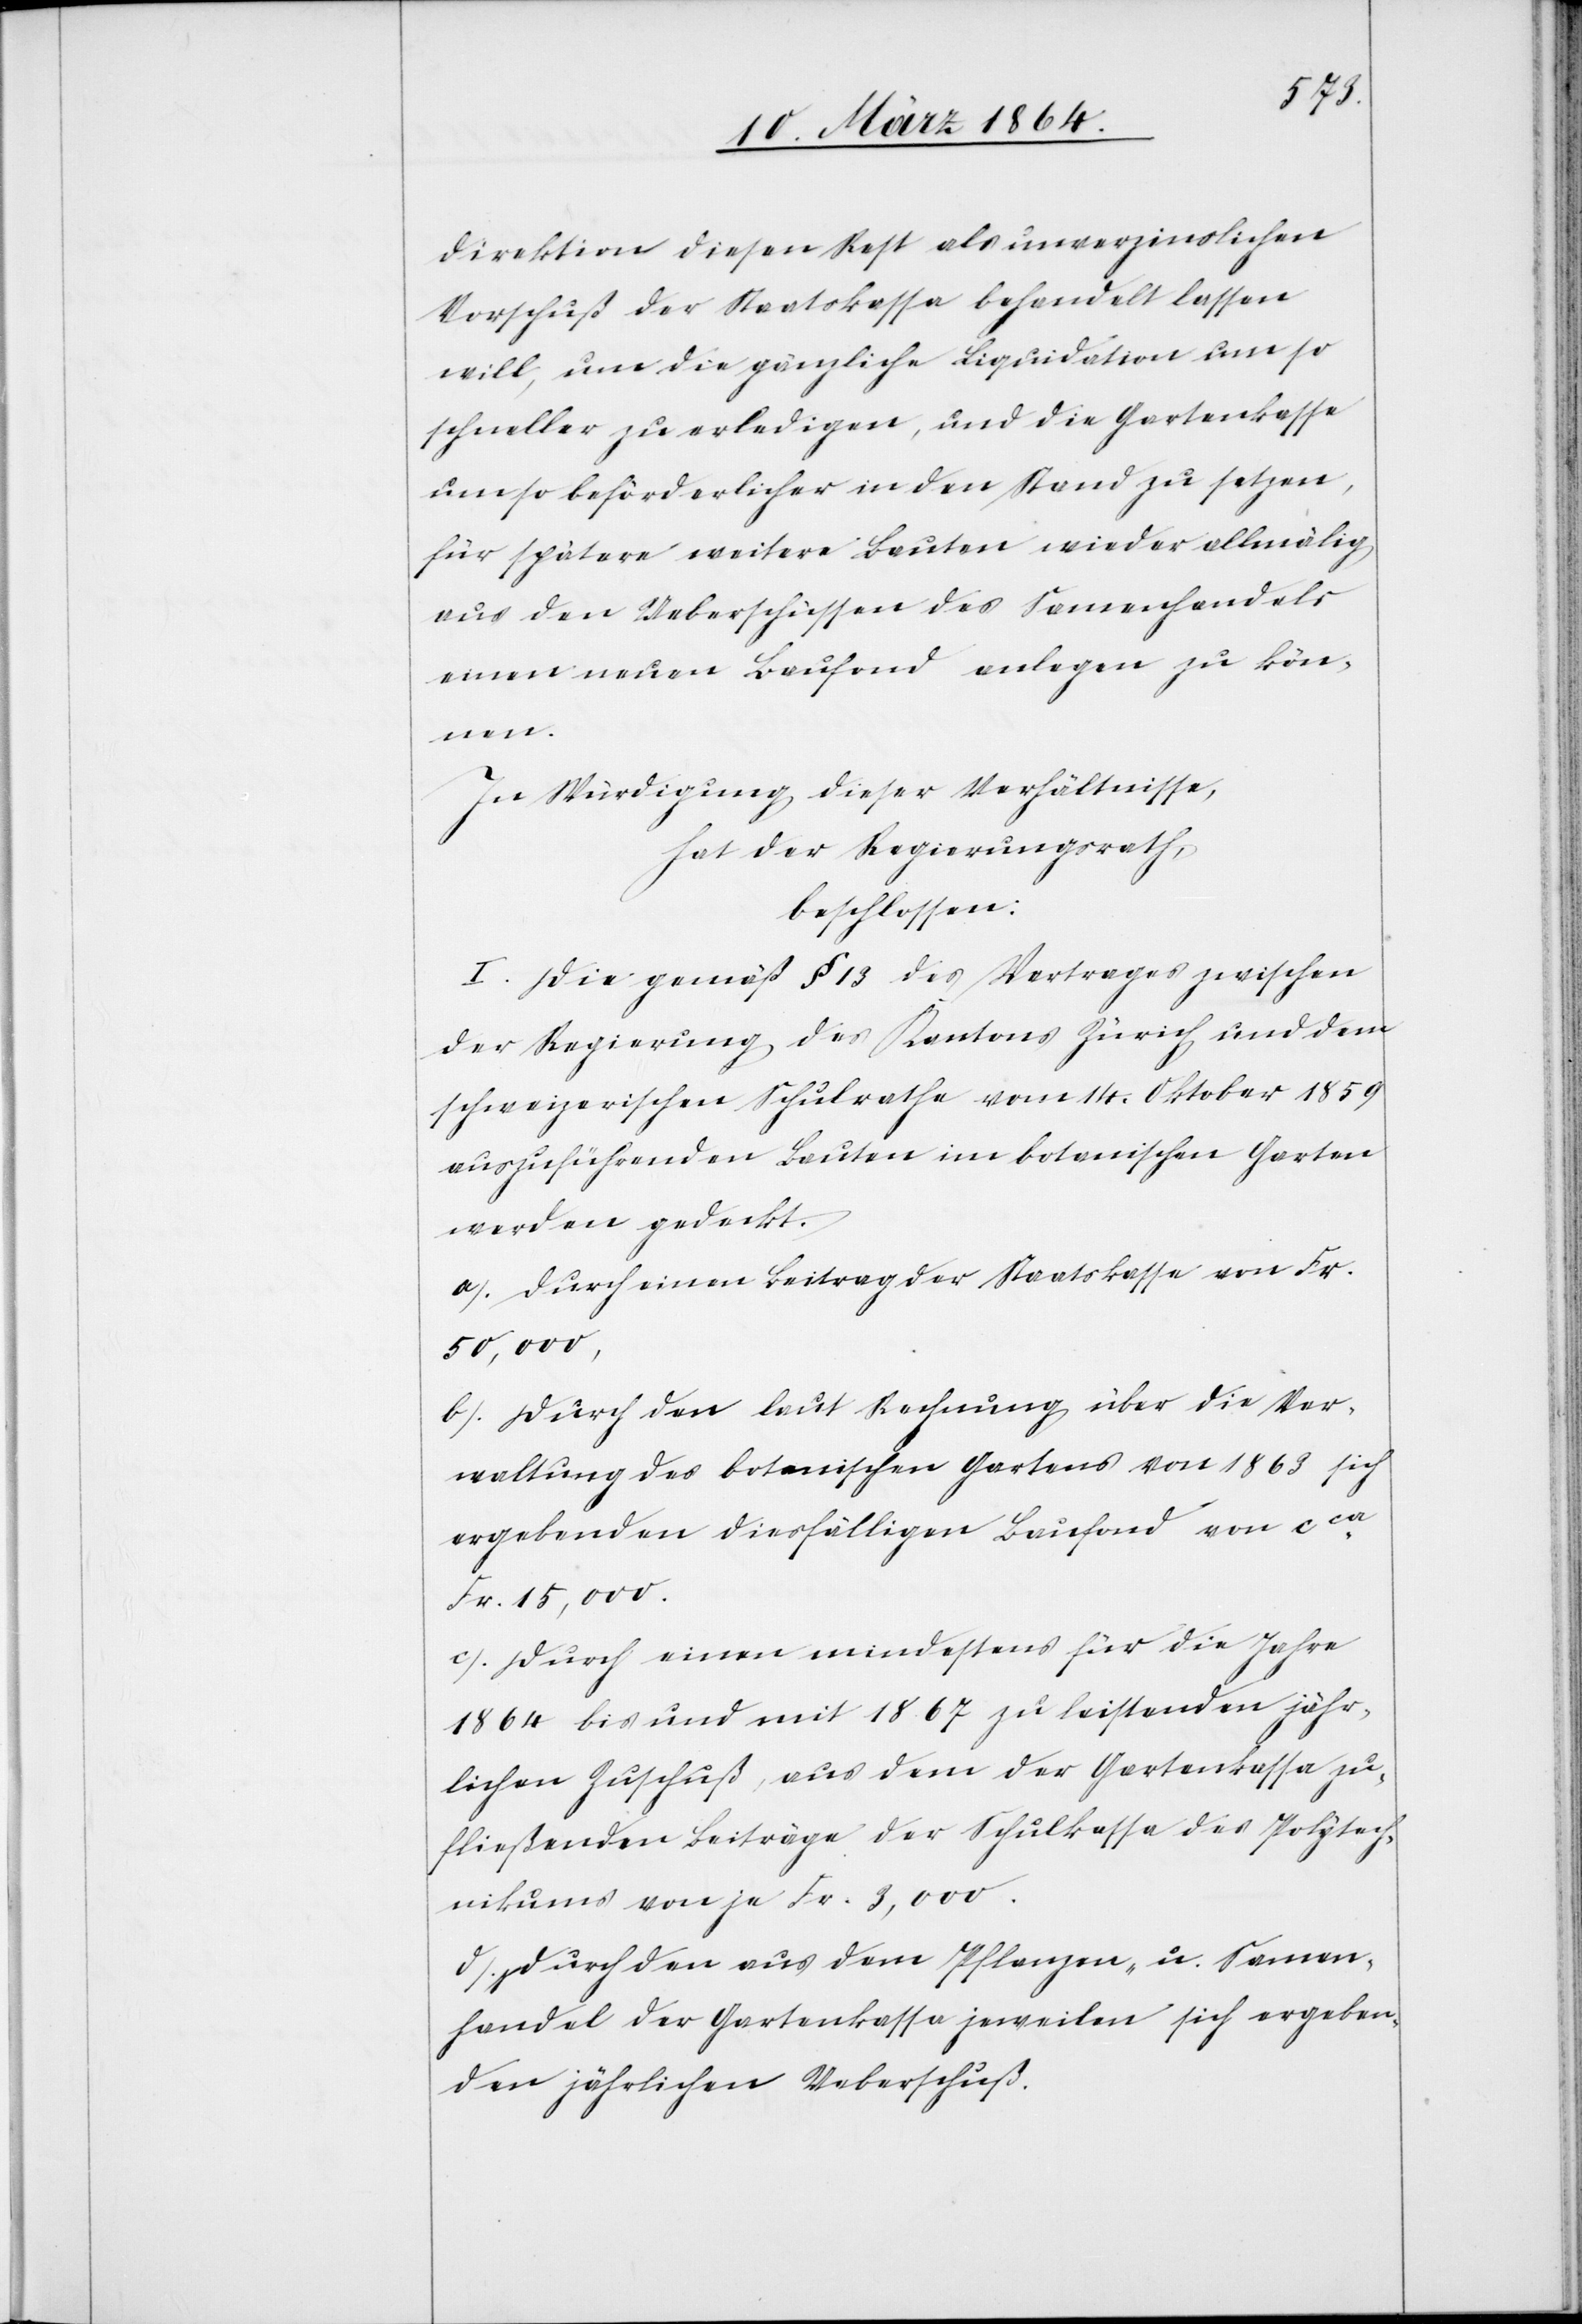
direktion diesen Rest als unverzinslichen
Vorschuß der Staatskasse behandelt lassen
will, um die gänzliche Liquidation um so
schneller zu erledigen, und die Gartenkasse
umso beförderlicher in den Stand zu setzen,
für spätere weitere Bauten wieder allmälig
aus den Ueberschüssen des Samenhandels
einen neuen Baufond anlegen zu kön¬
nen.
In Würdigung dieser Verhältnisse,
hat der Regierungsrath,
beschlossen:
I. Die gemäß § 13 des Vertrages zwischen
der Regierung des Kantons Zürich und dem
schweizerischen Schulrathe vom 14. Oktober 1859
auszuführenden Bauten im botanischen Garten
werden gedeckt.
a.) Durch einen Beitrag der Staatskasse von Fr.
50,000,
b.) Durch den laut Rechnung über die Ver¬
waltung des botanischen Gartens von 1863 sich
ergebenden diesfälligen Baufond von cca
Fr. 15,000.
c.) Durch einen mindestens für die Jahre
1864 bis und mit 1867 zu leistenden jähr¬
lichen Zuschuß, aus dem der Gartenkasse zu¬
fließenden Beiträge der Schulkasse des Polytech¬
nikums von je Fr. 3,000.
d.) Durch den aus dem Pflanzen- u. Samen¬
handel der Gartenkasse jeweilen sich ergeben¬
den jährlichen Ueberschuß.